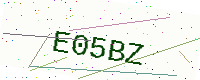
Text: E05BZ